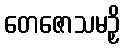
တေဇောသမဉှိ